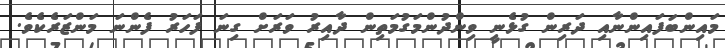
މައިންބަފައިންނާއި ދަރިން ގުޅެނީ ވިންދުންމަގުމަތިން ދާއިރު ވަރަށް ގިނަ ފަހަރު ފެންނަ މަންޒަރެކެވެ.